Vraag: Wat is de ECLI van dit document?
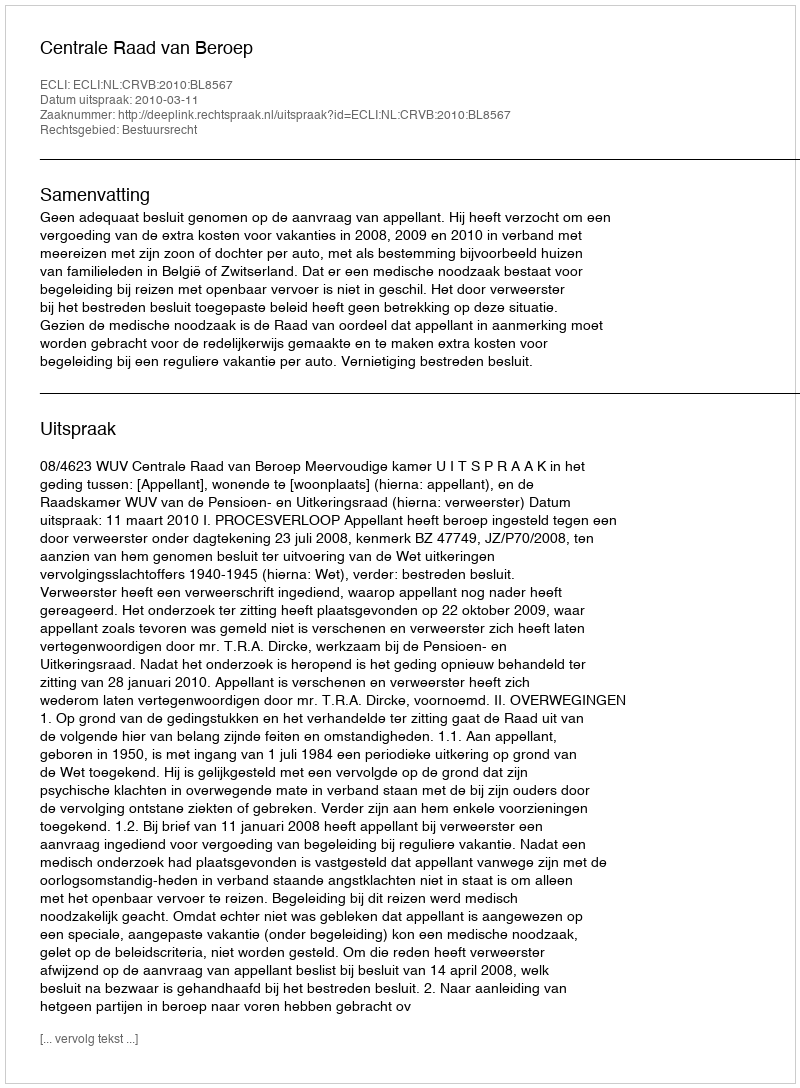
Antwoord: ECLI:NL:CRVB:2010:BL8567